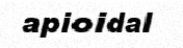
apioidal